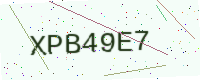
Text: XPB49E7